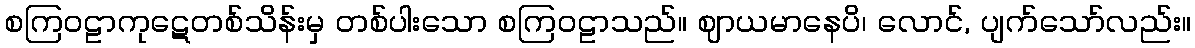
စကြဝဠာကုဋေတစ်သိန်းမှ တစ်ပါးသော စကြဝဠာသည်။ ဈာယမာနေပိ၊ လောင်, ပျက်သော်လည်း။